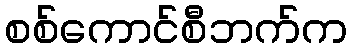
စစ်ကောင်စီဘက်က